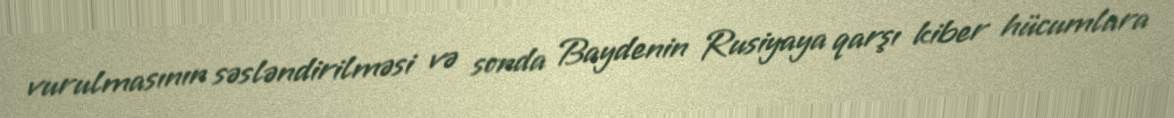
vurulmasının səsləndirilməsi və sonda Baydenin Rusiyaya qarşı kiber hücumlara